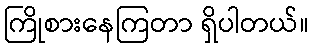
ကြိုစားနေကြတာ ရှိပါတယ်။